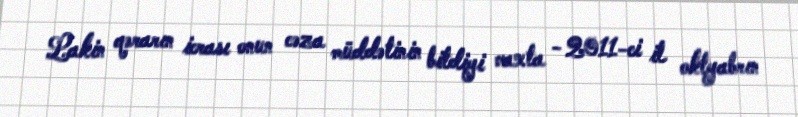
Lakin qərarın icrası onun cəza müddətinin bitdiyi vaxta - 2011-ci il oktyabrın